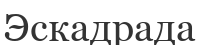
Эскадрада